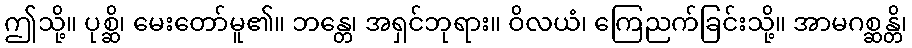
ဤသို့။ ပုစ္ဆိ၊ မေးတော်မူ၏။ ဘန္တေ၊ အရှင်ဘုရား။ ဝိလယံ၊ ကြေညက်ခြင်းသို့။ အာမဂစ္ဆန္တိ၊